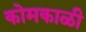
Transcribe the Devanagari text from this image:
कोमकाळी